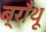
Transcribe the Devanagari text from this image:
ब्राँथू